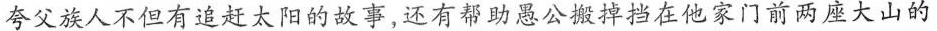
夸父族人不但有追赶太阳的故事，还有帮助愚公搬掉挡在他家门前两座大山的